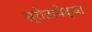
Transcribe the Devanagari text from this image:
स्रोतांपेक्षा